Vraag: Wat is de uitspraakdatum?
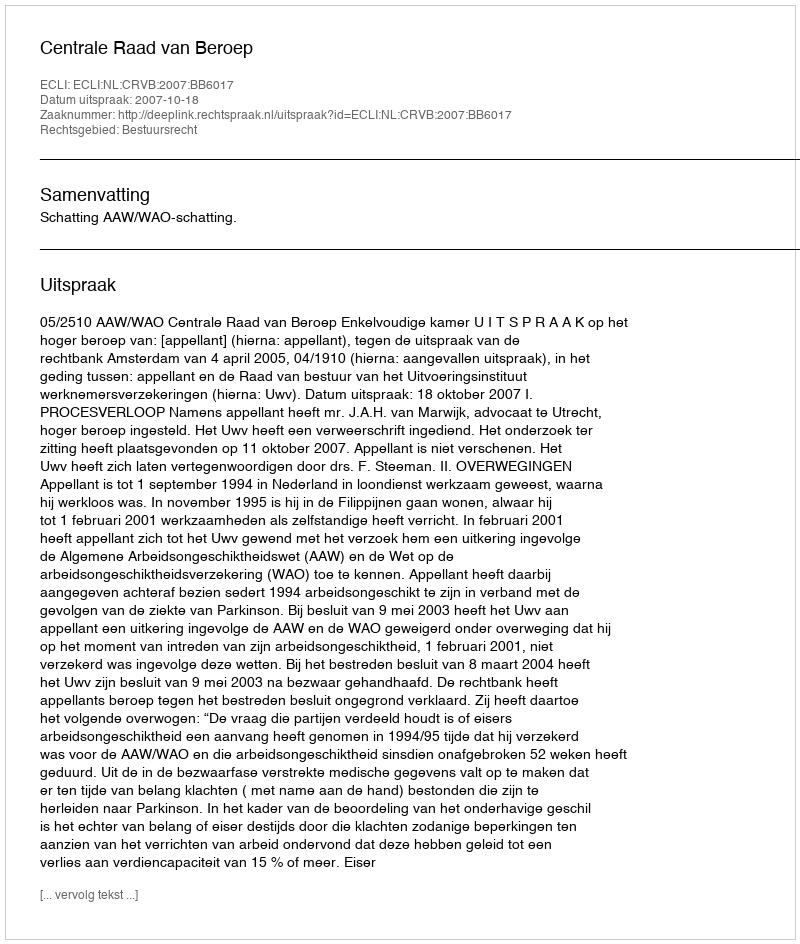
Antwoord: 2007-10-18